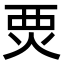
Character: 䙳